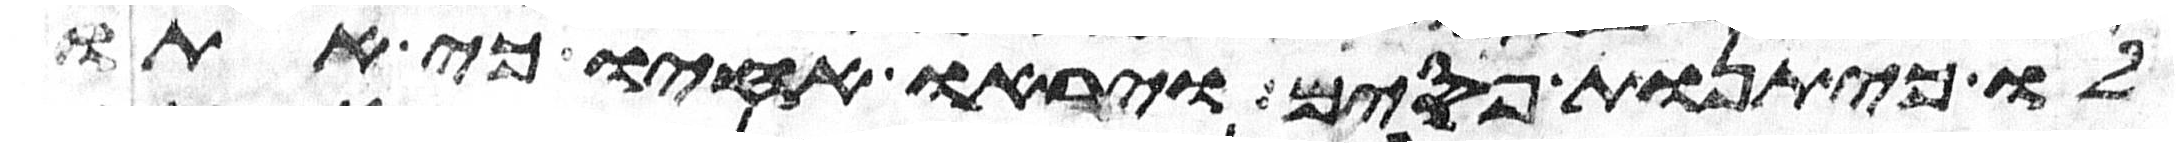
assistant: לו כיתנת פסים ויראו אחיו כי אתו